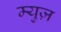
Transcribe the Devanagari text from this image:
म्युज़